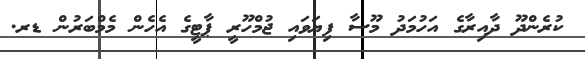
ކުރެންދޫ ދާއިރާގެ އަހުމަދު މޫސާ ފިޔަވައި ޖުމްހޫރީ ޕާޓީގެ އެހެން މެމްބަރުން ޑރ.